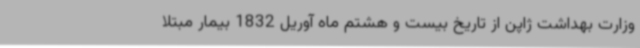
وزارت بهداشت ژاپن از تاریخ بیست و هشتم ماه آوریل 1832 بیمار مبتلا